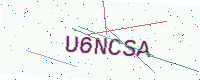
Text: U6NCSA